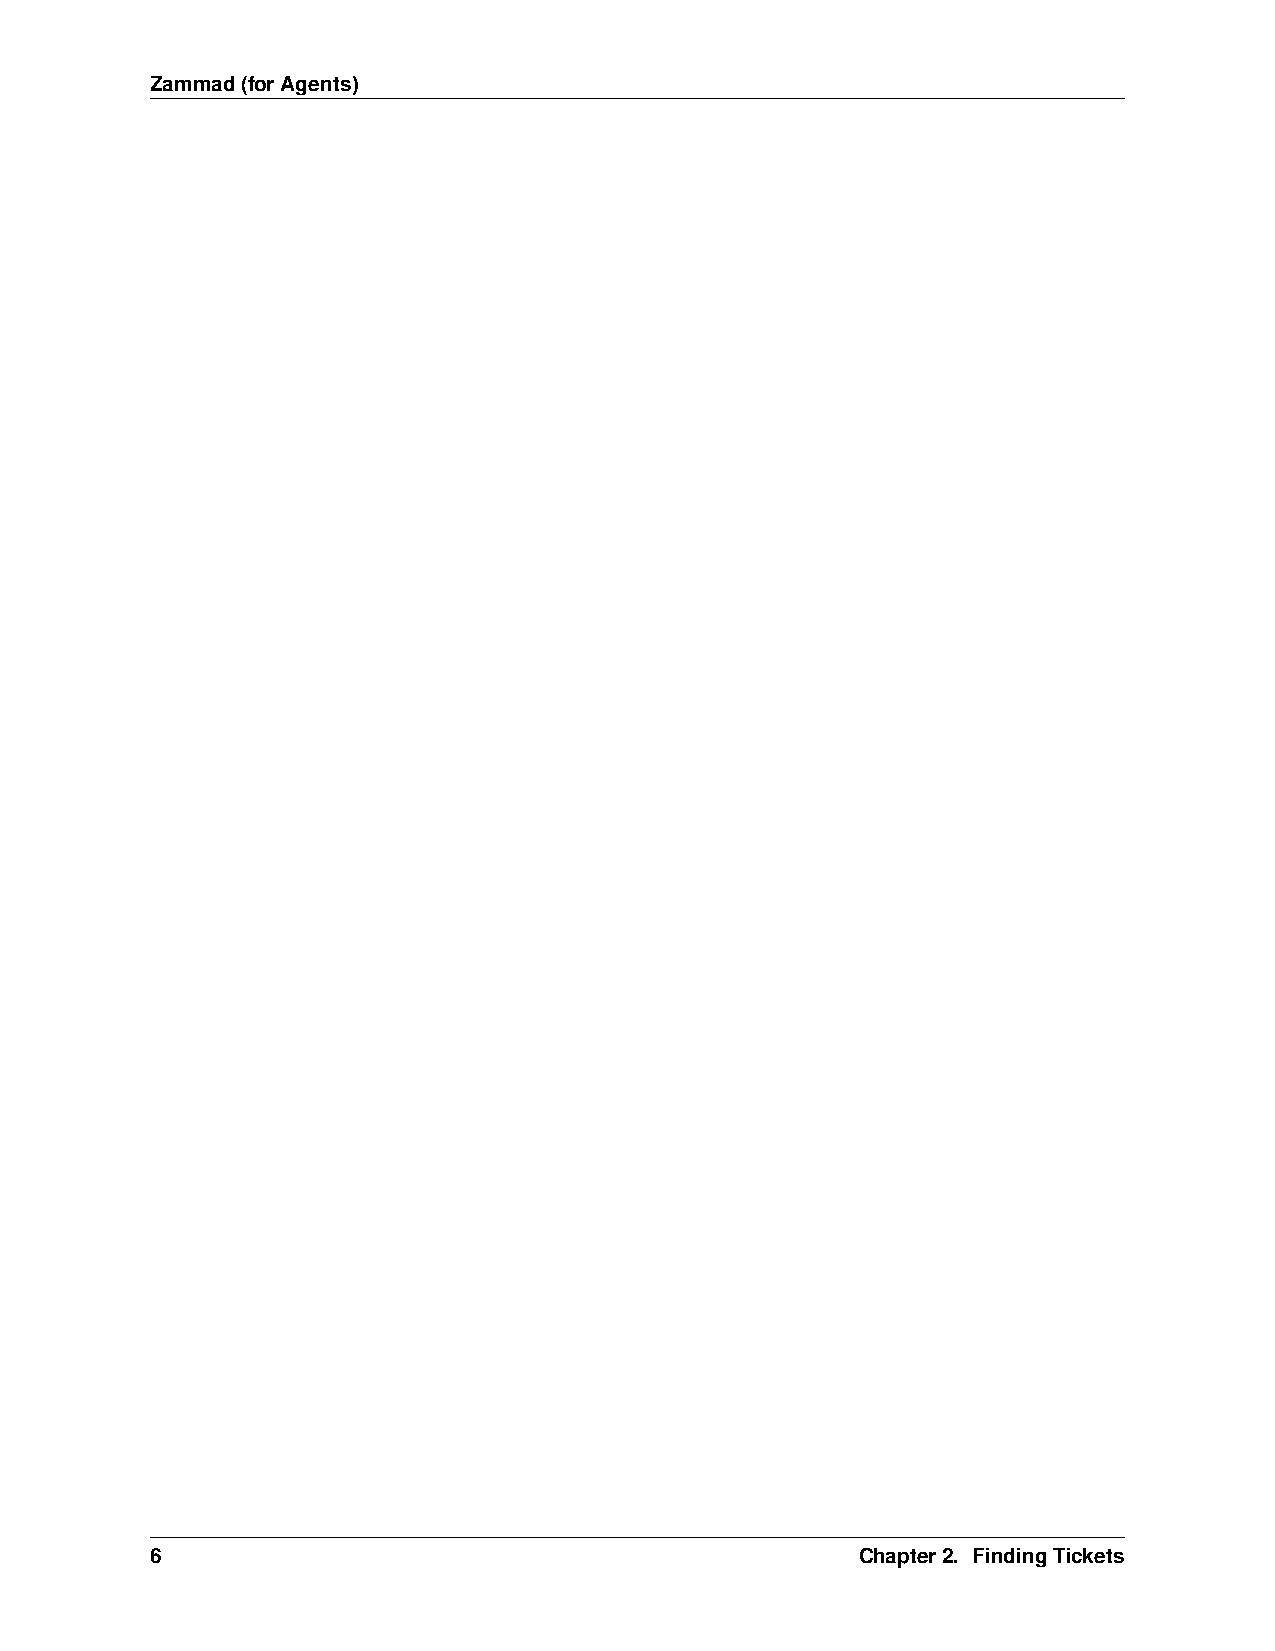
Zammad(forAgents)
 6                                              Chapter2. FindingTickets